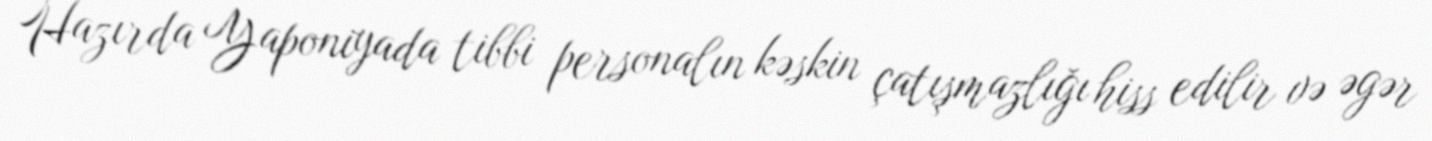
Hazırda Yaponiyada tibbi personalın kəskin çatışmazlığı hiss edilir və əgər